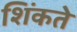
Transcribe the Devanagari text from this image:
शिंकते